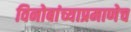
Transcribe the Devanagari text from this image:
विनोबांच्याप्रमाणेच